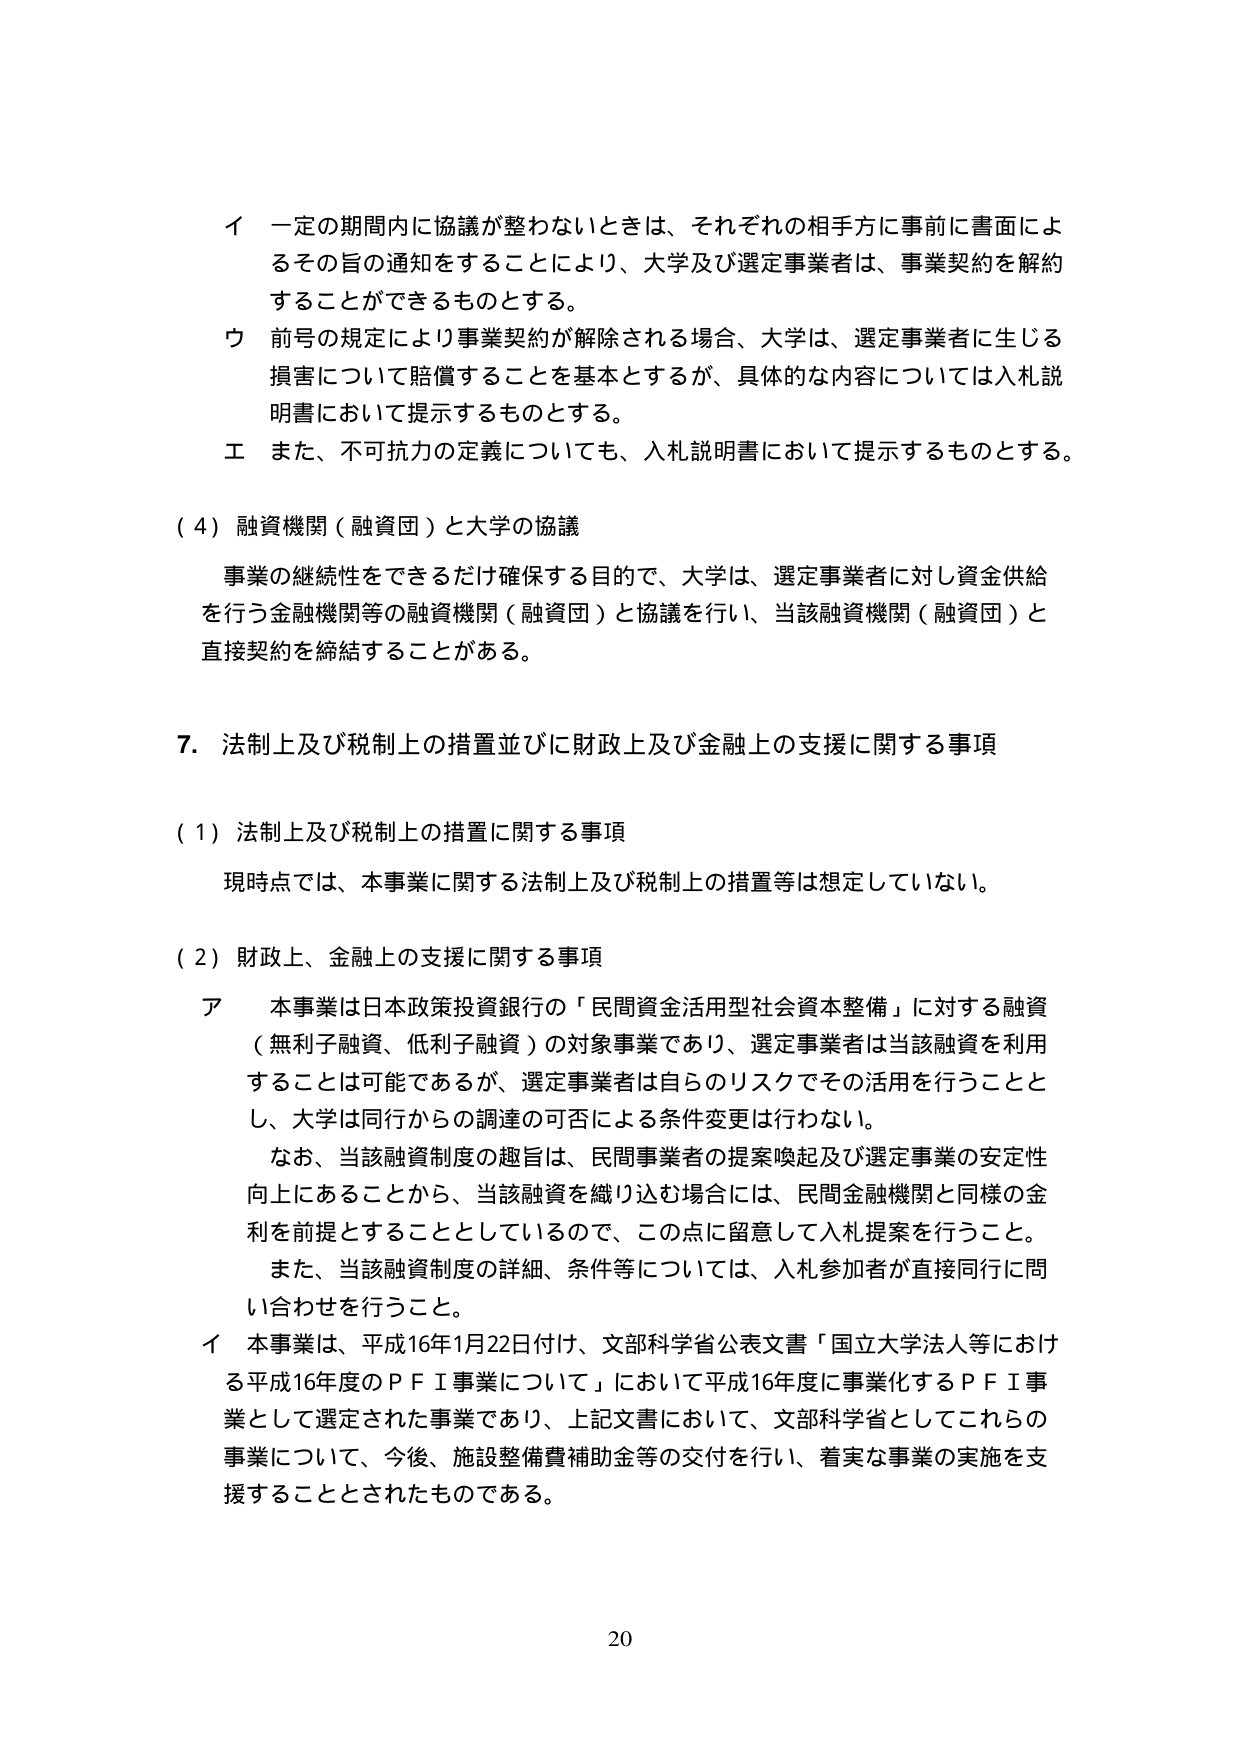
イ 一定の期間内に協議が整わないときは、それぞれの相手方に事前に書面によるその旨の通知をすることにより、大学及び選定事業者は、事業契約を解約することができるものとする。

ウ 前号の規定により事業契約が解除される場合、大学は、選定事業者に生じる損害について賠償することを基本とするが、具体的な内容については入札説明書において提示するものとする。

エ また、不可抗力の定義についても、入札説明書において提示するものとする。

（４）融資機関（融資団）と大学の協議

事業の継続性をできるだけ確保する目的で、大学は、選定事業者に対し資金供給を行う金融機関等の融資機関（融資団）と協議を行い、当該融資機関（融資団）と直接契約を締結することがある。

７．法制上及び税制上の措置並びに財政上及び金融上の支援に関する事項

（１）法制上及び税制上の措置に関する事項

現時点では、本事業に関する法制上及び税制上の措置等は想定していない。

（２）財政上、金融上の支援に関する事項

ア 本事業は日本政策投資銀行の「民間資金活用型社会資本整備」に対する融資（無利子融資、低利子融資）の対象事業であり、選定事業者は当該融資を利用することは可能であるが、選定事業者は自らのリスクでその活用を行うこととし、大学は同行からの調達の可否による条件変更は行わない。

なお、当該融資制度の趣旨は、民間事業者の提案喚起及び選定事業の安定性向上にあることから、当該融資を織り込む場合には、民間金融機関と同様の金利を前提とすることとしているので、この点に留意して入札提案を行うこと。

また、当該融資制度の詳細、条件等については、入札参加者が直接同行に問い合わせを行うこと。

イ 本事業は、平成16年1月22日付け、文部科学省公表文書「国立大学法人等における平成16年度のＰＦＩ事業について」において平成16年度に事業化するＰＦＩ事業として選定された事業であり、上記文書において、文部科学省としてこれらの事業について、今後、施設整備費補助金等の交付を行い、着実な事業の実施を支援することとされたものである。

20